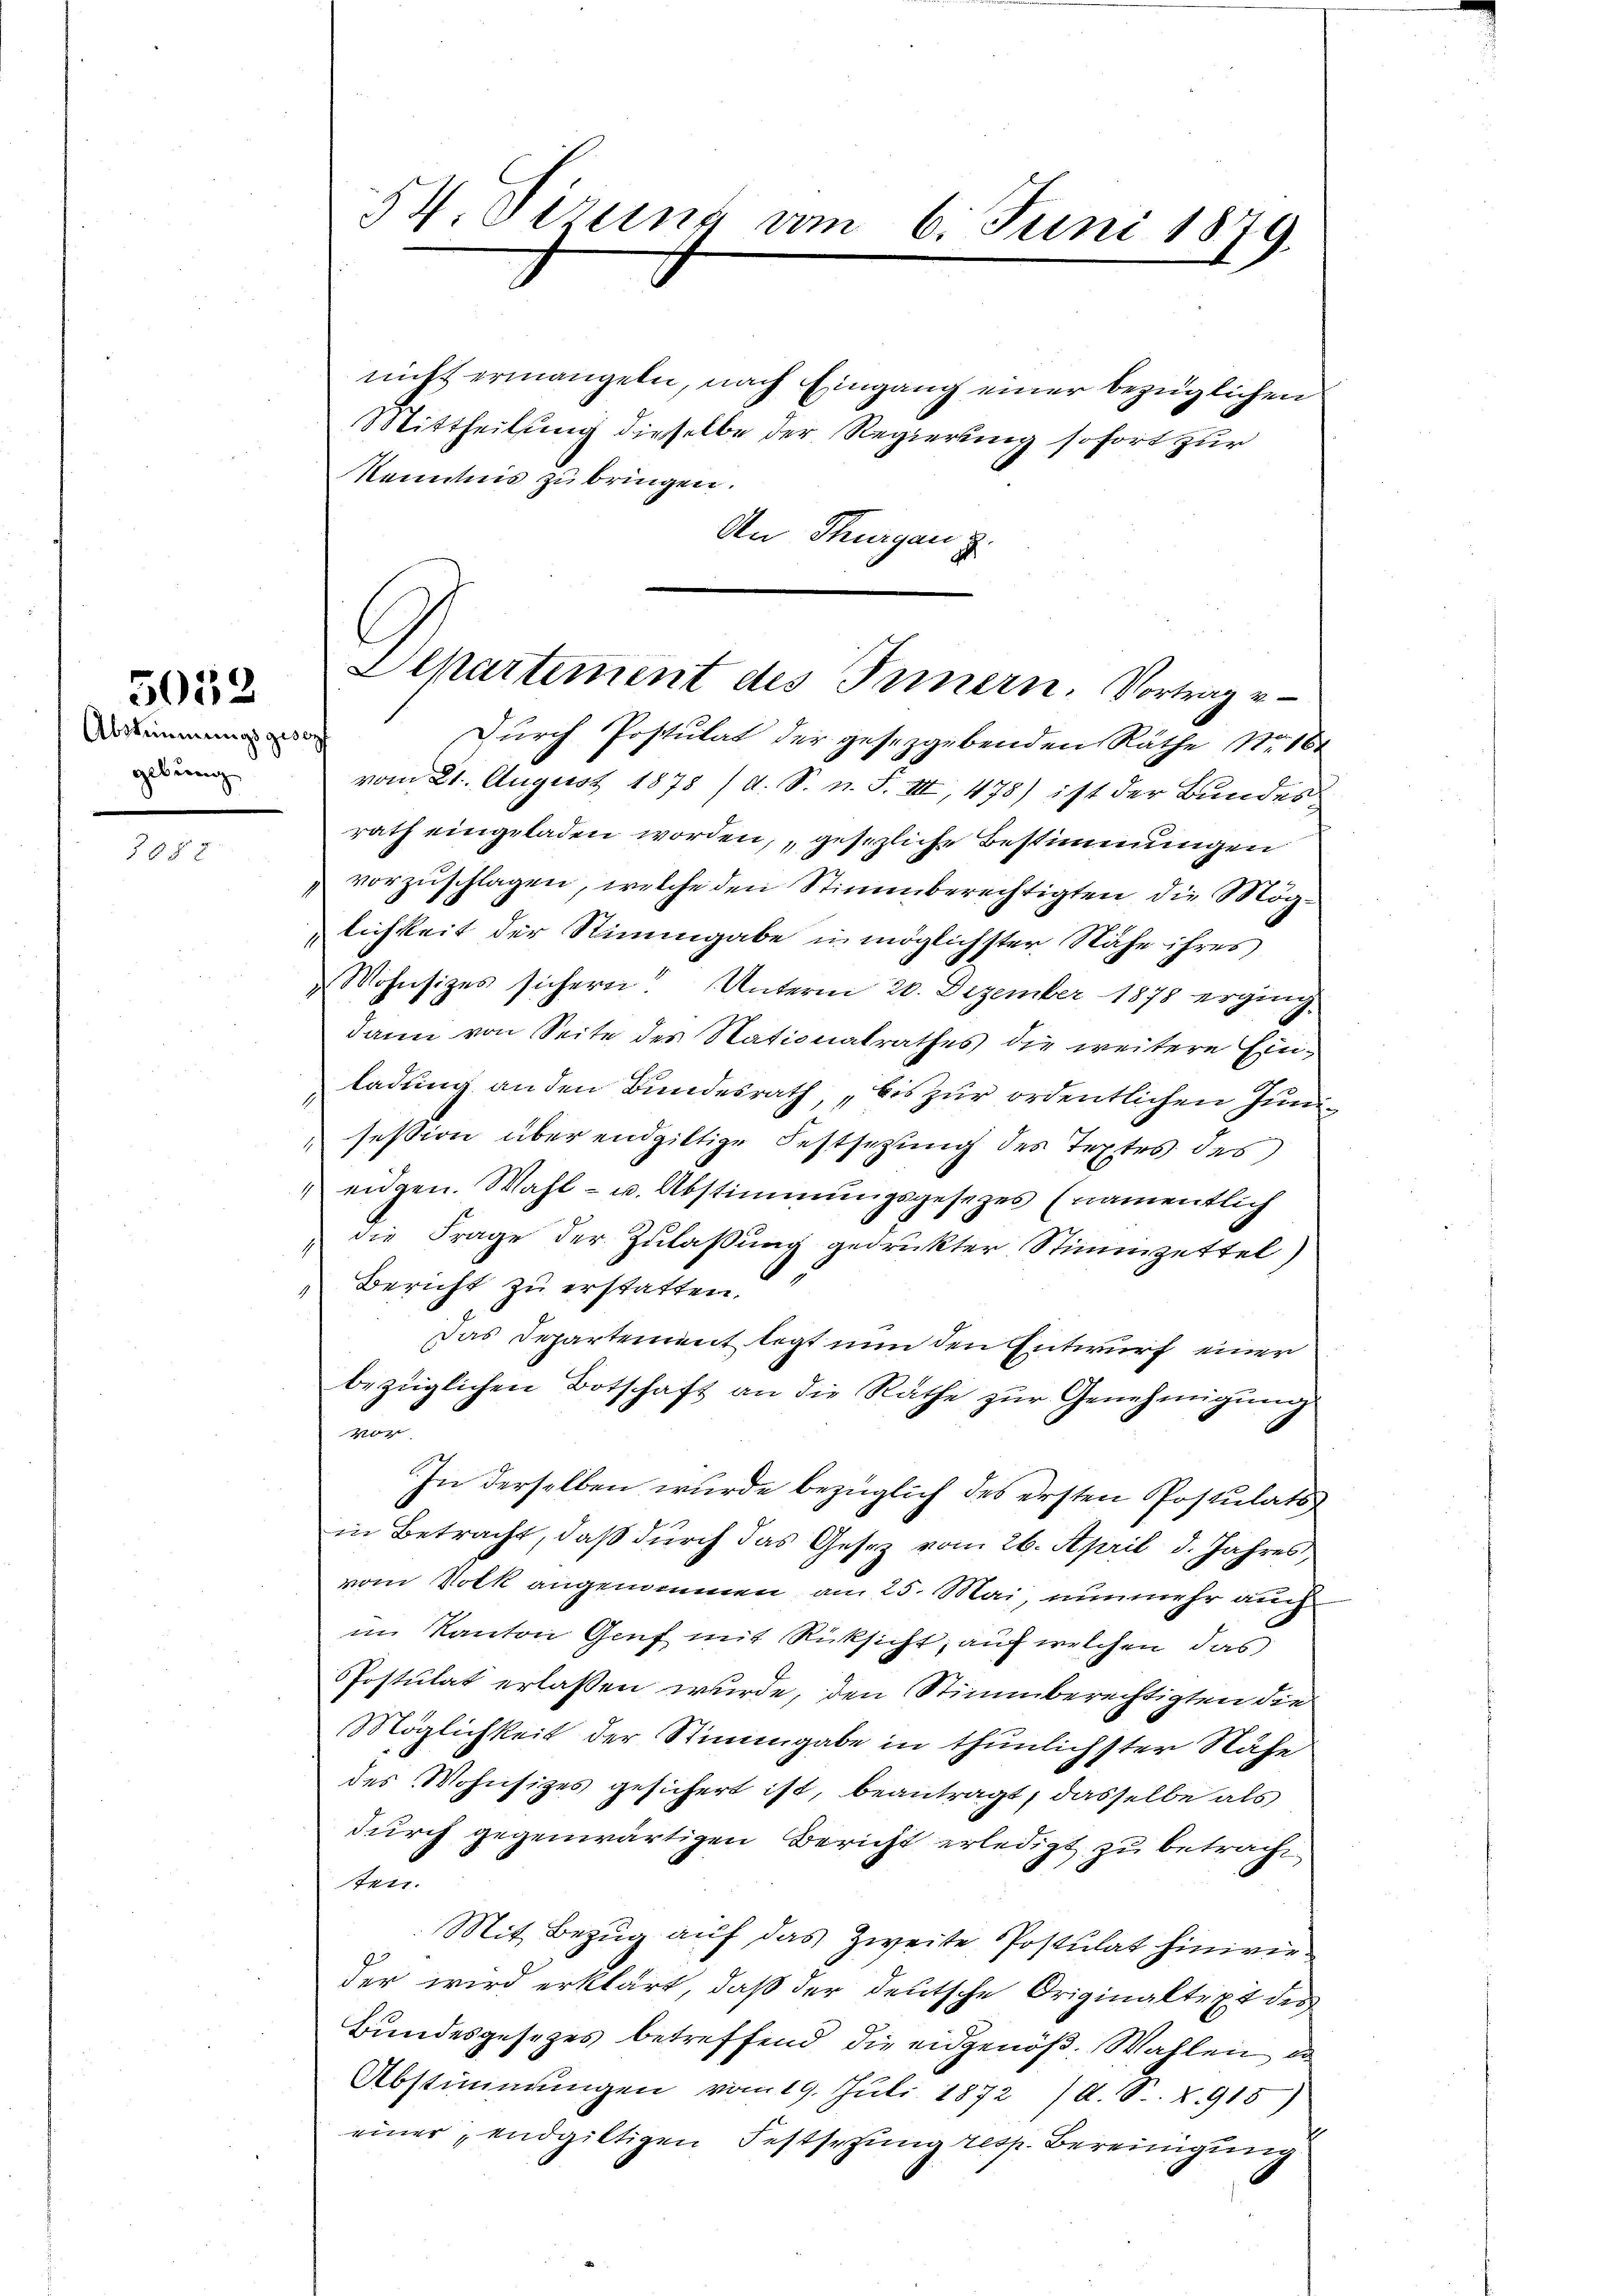
5032

Abstimmungsgesc
gebung

85 x

Kenntnis zu bringen.
An Thurgau z.

54. Dirung vom 6. Juni 1879.

nicht ermangeln, nach Eingang einer bezüglichen
Mittheilung dieselbe der Regierung sofort zur

Alpartement des Innern. Vortrage¬

Durch Postulat der gesetzgebenden Räthe No. 18.
vom 21. August 1878 /d. S. n. F. III, 478) ist der Bundes
rath eingeladen worden, gesezliche Bestimmungen
vorzuschlagen, welche den Stimmberechtigten die Möglichkeit der Stimmgabe in möglichster Nähe ihres
Wohnsizes sichern! Unterm 20. Dezember 1878 erging.
dann von Seite des Nationalrathes die weitere Einladung an den Bundesrath, „bis zur ordentlichen Junsession über endgiltige Festsetzung des Textes das
eidgen. Wahl- u. Abstimmungsgesezes (namentlich
die Frage der Zulassung gedruckter Stimmzettel)
.
Bericht zu erstatten.
Das Departement legt nun den Entwurf einer
bezüglichen Botschaft an die Räthe zur Genehmigung
von
In derselben wurde bezüglich des ersten Postulatsin Betracht, daß durch das Gesez vom 26. April d. Jahres,
vom Volk angenommen am 25. Mai, nunmehr auch
im Kanton Genf mit Rücksicht, auf welchen das
Postulat erlassen wurde, den Stimmberechtigten die
Möglichkeit der Stimmgabe in thunlichster Nähe
des Wohnsizes gesichert ist, beantragt, dasselbe als
durch gegenwärtigen Bericht erledigt zu betracht
tun
Mit Bezug auf das Zweite Postulat hinwieder wird erklärt, daß der deutsche Originaltre des
Bundesgesetzes betreffend die eidgenöß. Wahlen, u
Abstimmungen vom 19. Juli 1872 /A. S. Z. 915)
einer endgültigen Festsezung resp. Bereinigung